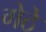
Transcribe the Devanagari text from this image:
गेठे